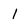
Character: 1